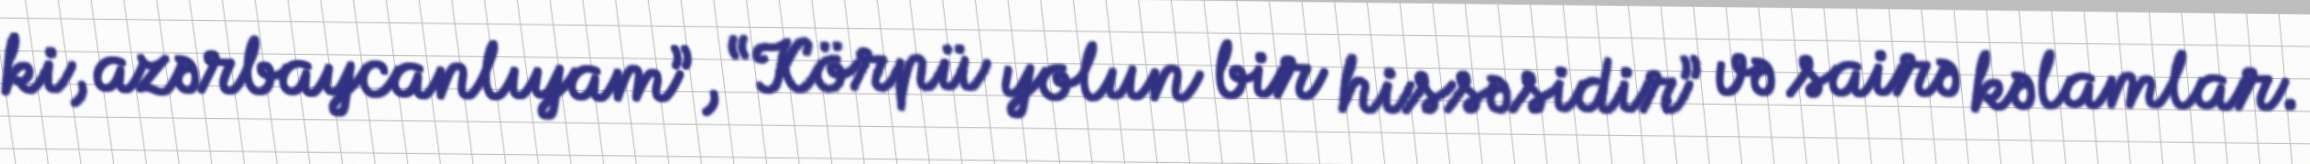
ki, azərbaycanlıyam”, “Körpü yolun bir hissəsidir” və sairə kəlamlar.